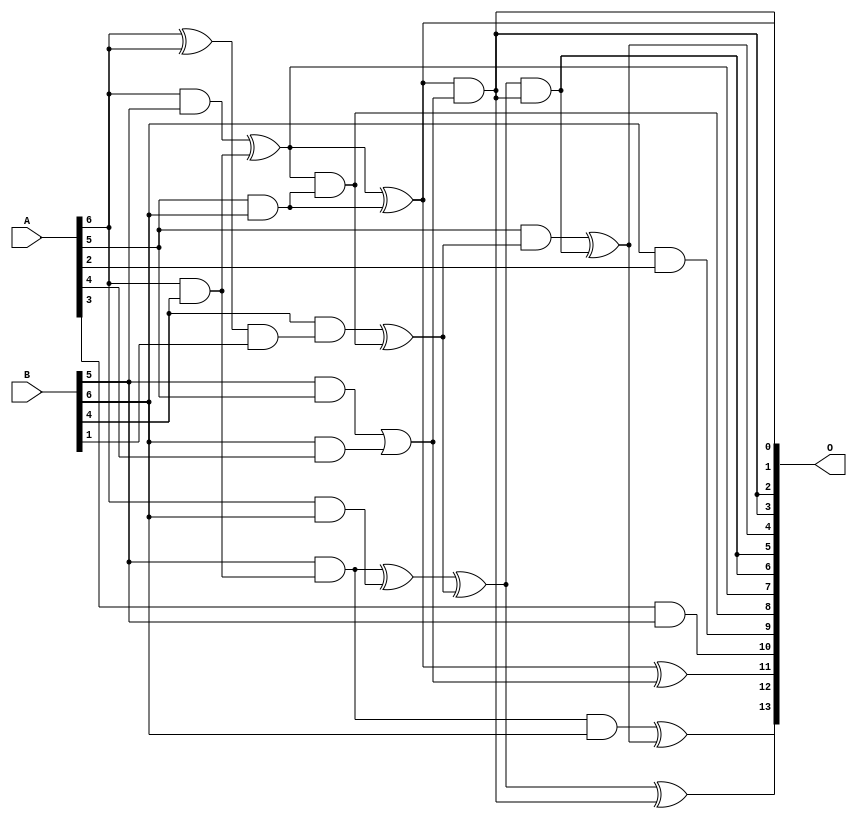
/***
* This code is a part of EvoApproxLib library (ehw.fit.vutbr.cz/approxlib) distributed under The MIT License.
* When used, please cite the following article(s): V. Mrazek, S. S. Sarwar, L. Sekanina, Z. Vasicek and K. Roy, "Design of power-efficient approximate multipliers for approximate artificial neural networks," 2016 IEEE/ACM International Conference on Computer-Aided Design (ICCAD), Austin, TX, 2016, pp. 1-7. doi: 10.1145/2966986.2967021 
* This file contains a circuit from a sub-set of pareto optimal circuits with respect to the pwr and mre parameters
***/
// MAE% = 3.63 %
// MAE = 595 
// WCE% = 14.44 %
// WCE = 2366 
// WCRE% = 300.00 %
// EP% = 98.41 %
// MRE% = 36.98 %
// MSE = 573266 
// PDK45_PWR = 0.019 mW
// PDK45_AREA = 76.0 um2
// PDK45_DELAY = 0.47 ns


module mul7u_0ED(A, B, O);
  input [6:0] A, B;
  output [13:0] O;
  wire [6:0] A, B;
  wire [13:0] O;
  wire sig_55, sig_61, sig_62, sig_119, sig_120, sig_182;
  wire sig_184, sig_211, sig_212, sig_214, sig_215, sig_216;
  wire sig_219, sig_220, sig_221, sig_254, sig_255;
  assign sig_55 = A[6] & B[5];
  assign sig_61 = A[5] & B[6];
  assign sig_62 = A[6] & B[6];
  assign O[9] = B[6] & A[2];
  assign sig_119 = A[6] & B[4];
  assign sig_120 = A[6] ^ A[6];
  assign sig_182 = sig_120 & B[1];
  assign sig_184 = B[5] & sig_119;
  assign O[7] = sig_55 ^ sig_119;
  assign sig_211 = B[5] & A[5];
  assign sig_212 = B[6] & A[4];
  assign sig_214 = sig_211 | sig_212;
  assign sig_215 = O[7];
  assign sig_216 = B[4] & sig_182;
  assign O[8] = sig_215 & sig_61;
  assign O[1] = sig_215 ^ sig_61;
  assign sig_219 = sig_216 ^ O[8];
  assign sig_220 = sig_184 & B[6];
  assign sig_221 = sig_184 ^ sig_62;
  assign O[10] = A[3] & B[5];
  assign O[11] = O[1] ^ sig_214;
  assign O[0] = O[1] & sig_214;
  assign O[3] = O[0];
  assign sig_254 = sig_221 ^ sig_219;
  assign sig_255 = A[5] & sig_219;
  assign O[5] = sig_254 & O[3];
  assign O[12] = sig_254 ^ O[3];
  assign O[4] = sig_255 ^ O[5];
  assign O[13] = sig_220 ^ O[4];
  assign O[2] = O[0];
  assign O[6] = O[5];
endmodule